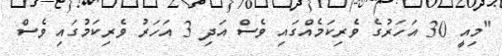
"މިއީ 30 އަހަރުގެ ވެރިކަމެއްގައި ވެސް އަދި 3 އަހަރު ވެރިކަމުގައި ވެސް